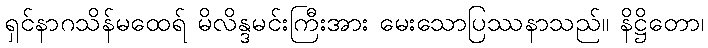
ရှင်နာဂသိန်မထေရ် မိလိန္ဒမင်းကြီးအား မေးသောပြဿနာသည်။ နိဋ္ဌိတော၊